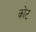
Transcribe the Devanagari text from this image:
कोंट